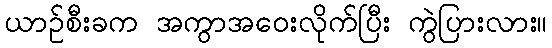
ယာဉ်စီးခက အကွာအဝေးလိုက်ပြီး ကွဲပြားလား။